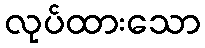
လုပ်ထားသော